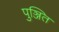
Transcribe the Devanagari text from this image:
पुञ्जित